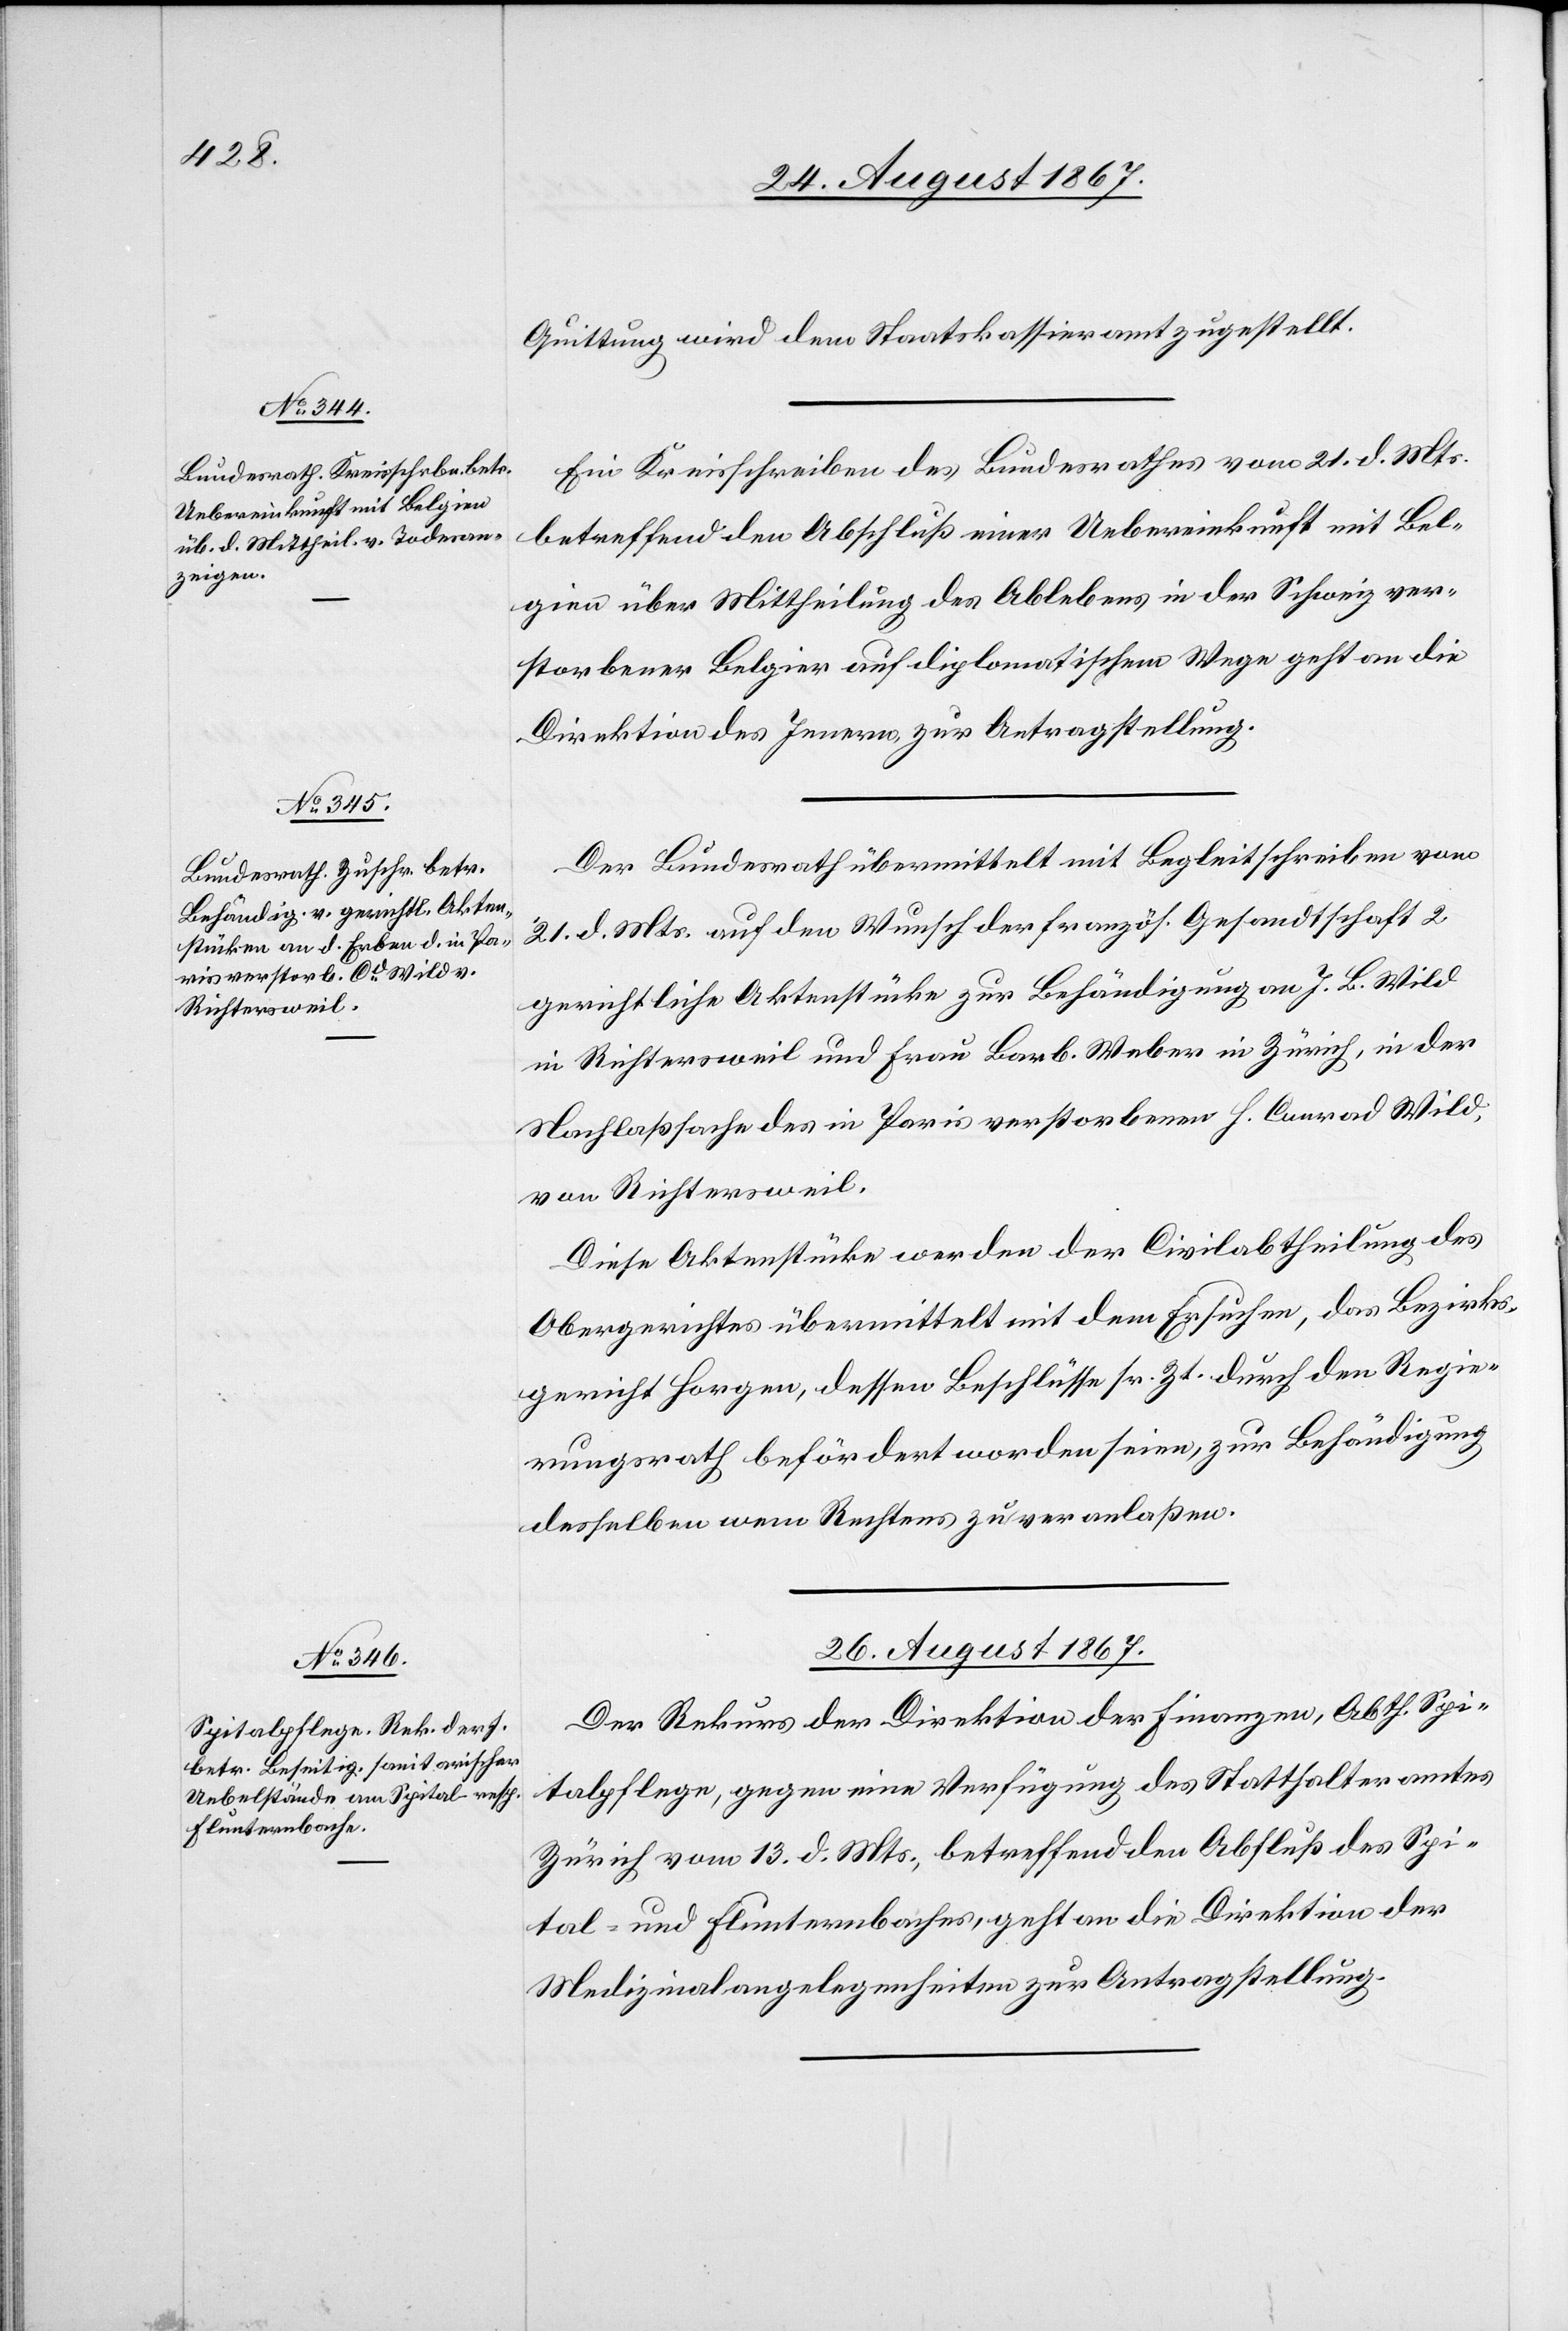
24. August 1867.]
Quittung wird dem Staatskassieramt zugestellt.
Ein Kreisschreiben des Bundesrathes vom 21. d. Mts.
betreffend den Abschluß einer Uebereinkunft mit Bel¬
gien über Mittheilung des Ablebens in der Schweiz ver¬
storbener Belgier auf diplomatischem Wege geht an die
Direktion des Innern zur Antragstellung.
Der Bundesrath übermittelt mit Begleitschreiben vom
21. d. Mts. auf den Wunsch der französ. Gesandtschaft 2
gerichtliche Aktenstücke zur Behändigung an J. B. Wild
in Richtersweil und Frau Barb. Weber in Zürich, in der
Nachlaßsache des in Paris verstorbenen H. Conrad Will,
von Richtersweil.
Diese Aktenstücke werden der Civilabtheilung des
Obergerichtes übermittelt mit dem Ersuchen, das Bezirks¬
gericht Horgen, dessen Beschlüsse sr. Zt. durch den Regie¬
rungsrath befördert worden seien, zur Behändigung
desselben wem Rechtens zu veranlaßen.
26. August 1867.
Der Rekurs der Direktion der Finanzen, Abth. Spi¬
talpflege, gegen eine Verfügung des Statthalteramtes
Zürich vom 13. d. Mts., betreffend den Abfluß des Spi¬
tal- und Flunternbaches, geht an die Direktion der
Medizinalangelegenheiten zur Antragstellung.